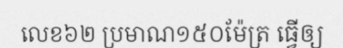
លេខ៦២ ប្រមាណ១៥០ម៉ែត្រ ធ្វើឲ្យ